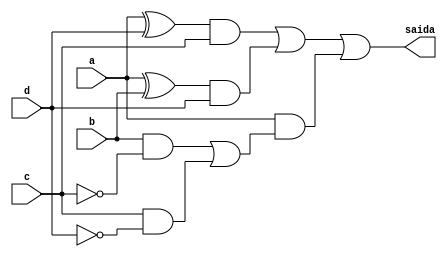
//--Nome: Paulo Henrique de Almeida Amorim - 412765--
//--questao i da prova--

module metodoprovai ( saida,a,b,c,d );

output saida;
input a,b,c,d;
wire temp1,temp2,temp3,temp4,temp5,temp6,temp7,temp8,temp9,temp10;


xor XOR1 (temp1,a,d);
and AND1 (temp2,temp1,c);
xor XOR2 (temp3,a,b);
and AND2 (temp4,temp3,d);
not NOT1 (temp5,c);
and AND3 (temp6,b,temp5);
not NOT2 (temp7,d);
and AND4 (temp8,c,temp7);
or OR1   (temp9,temp6,temp8);
and AND5 (temp10,a,temp9);
or OR2   (saida,temp2,temp4,temp10);

endmodule
 
module testprova1;
reg a,b,c,d;
wire saida;

metodoprovai PROVAI ( saida,a,b,c,d );

initial begin:start
        a=0; b=0; c=0; d=0;
end

initial begin: main
#1 $display (" Circuito da questao i ");
#1 $display (" a |  b |  c |  d  =  saida ");
  $monitor (" %b  | %b  | %b |  %b  =   %b ",a,b,c,d,saida);
           #1 a=0;    b=0;   c=0;   d=1;
			  #1 a=0;    b=0;   c=1;   d=0;
			  #1 a=0;    b=0;   c=1;   d=1;
			  #1 a=0;    b=1;   c=0;   d=0;
			  #1 a=0;    b=1;   c=0;   d=1;
			  #1 a=0;    b=1;   c=1;   d=0;
			  #1 a=0;    b=1;   c=1;   d=1;
			  #1 a=1;    b=0;   c=0;   d=0;
			  #1 a=1;    b=0;   c=0;   d=1;
			  #1 a=1;    b=0;   c=1;   d=0;
			  #1 a=1;    b=0;   c=1;   d=1;
			  #1 a=1;    b=1;   c=0;   d=0;
			  #1 a=1;    b=1;   c=0;   d=1;
			  #1 a=1;    b=1;   c=1;   d=0;
			  #1 a=1;    b=1;   c=1;   d=1;
			  
			  
			  
end
endmodule